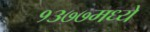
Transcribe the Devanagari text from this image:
१३७७मध्ये